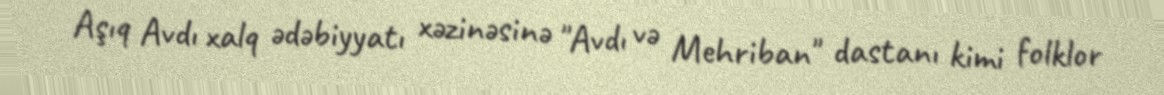
Aşıq Avdı xalq ədəbiyyatı xəzinəsinə "Avdı və Mehriban" dastanı kimi folklor